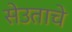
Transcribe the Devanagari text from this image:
सेउताचे